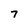
Character: 7